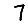
Digit: 7